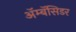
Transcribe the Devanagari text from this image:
ॲम्बॅसिडर